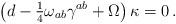
LaTeX: \begin{align*}\left(d -{\textstyle\frac{1}{4}}\omega_{ab}\gamma^{ab} +\Omega \right)\kappa=0\, .\end{align*}